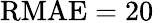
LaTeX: \mathrm{RMAE}=20\